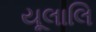
યૂલાલિ